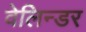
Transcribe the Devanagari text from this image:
वेलिन्डर